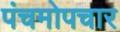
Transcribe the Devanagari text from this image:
पंचमोपचार